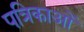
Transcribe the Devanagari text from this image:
पत्रिकाओं